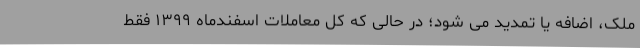
ملک، اضافه یا تمدید می شود؛ در حالی که کل معاملات اسفندماه ۱۳۹۹ فقط